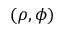
( \rho , \phi )